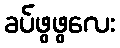
ခပ်ဖွဖွလေး